Report on enteric fever
Disease focus: Fever
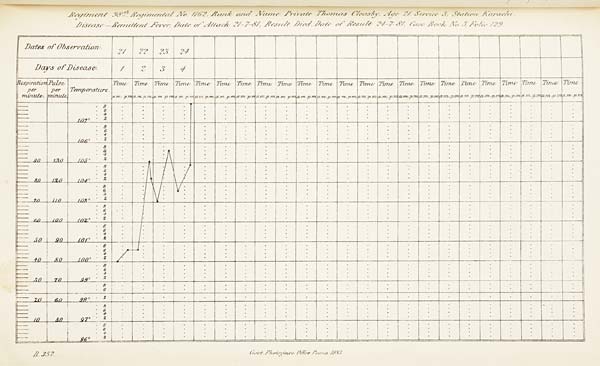
Regiment 98th Regimental No. 1162, Rank and Name Private Thomas Cleasby, Age 21, Service 3, Station Karachi.
Disease - Remittent Fever, Date of Attack 21-7-81, Result Died, Date of Result 24-7-81, Case Book No. 3, Folio 129.
B. 357. Govt. Photozinco: Office, Poona 1883.